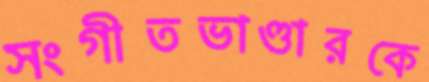
সংগীতভাণ্ডারকে